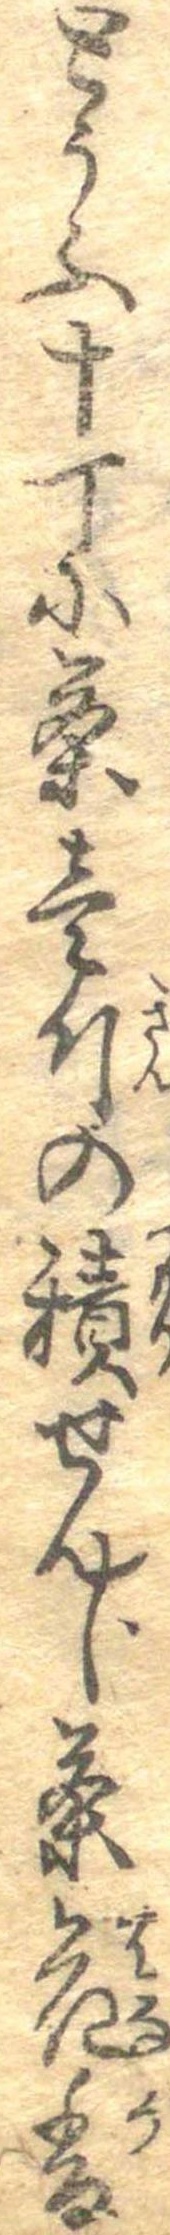
とうふ十丁に茶壱斤の積せんじ茶花香